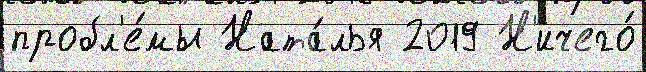
пробл'е́мы Ната́лья 2019 Н'ичего́